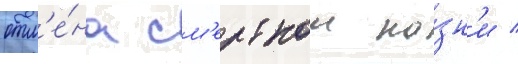
отм'е́на см'ертнои ка́зн'и /